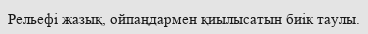
Рельефі жазық, ойпаңдармен қиылысатын биік таулы.